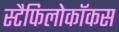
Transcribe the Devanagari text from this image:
स्टैफिलोकॉकस